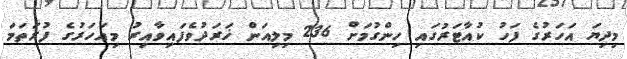
މިދިޔަ އަހަރުގެ ފަހު ކުއާޓަރުގައި ހިންގުމަށް 236 މިލިއަން ޚަރަދުވެފައިވާއިރު މިއަހަރުގެ ފުރަތަމަ